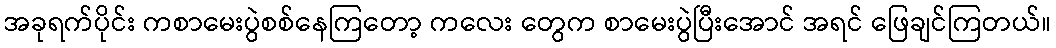
အခုရက်ပိုင်း ကစာမေးပွဲစစ်နေကြတော့ ကလေး တွေက စာမေးပွဲပြီးအောင် အရင် ဖြေချင်ကြတယ်။